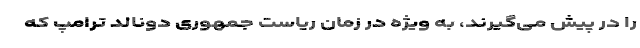
را در پیش می‌­گیرند، به ویژه در زمان ریاست جمهوری دونالد ترامپ که